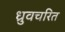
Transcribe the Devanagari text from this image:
ध्रुवचरित